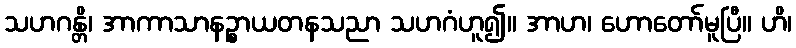
သဟဂန္တိ၊ အာကာသာနဉ္စာယတနသညာ သဟဂံဟူ၍။ အာဟ၊ ဟောတော်မူပြီ။ ဟိ၊